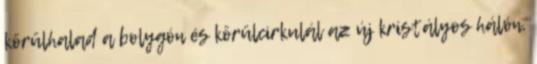
körülhalad a bolygón és körülcirkulál az új kristályos hálón,